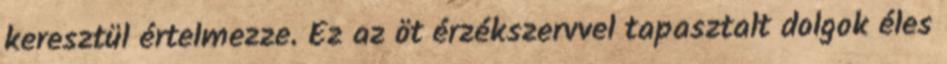
keresztül értelmezze. Ez az öt érzékszervvel tapasztalt dolgok éles